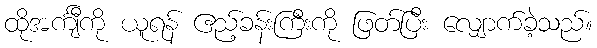
ထိုအင်္ကျီကို ယူရန် ဧည့်ခန်းကြီးကို ဖြတ်ပြီး လျှောက်ခဲ့သည်။